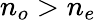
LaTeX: n_{o}>n_{e}